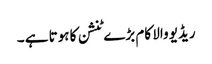
ریڈیو والا کام بڑے ٹنشن کا ہوتا ہے ۔